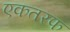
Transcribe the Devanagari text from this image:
एकतरफ